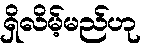
ရှိလိမ့်မည်ဟု